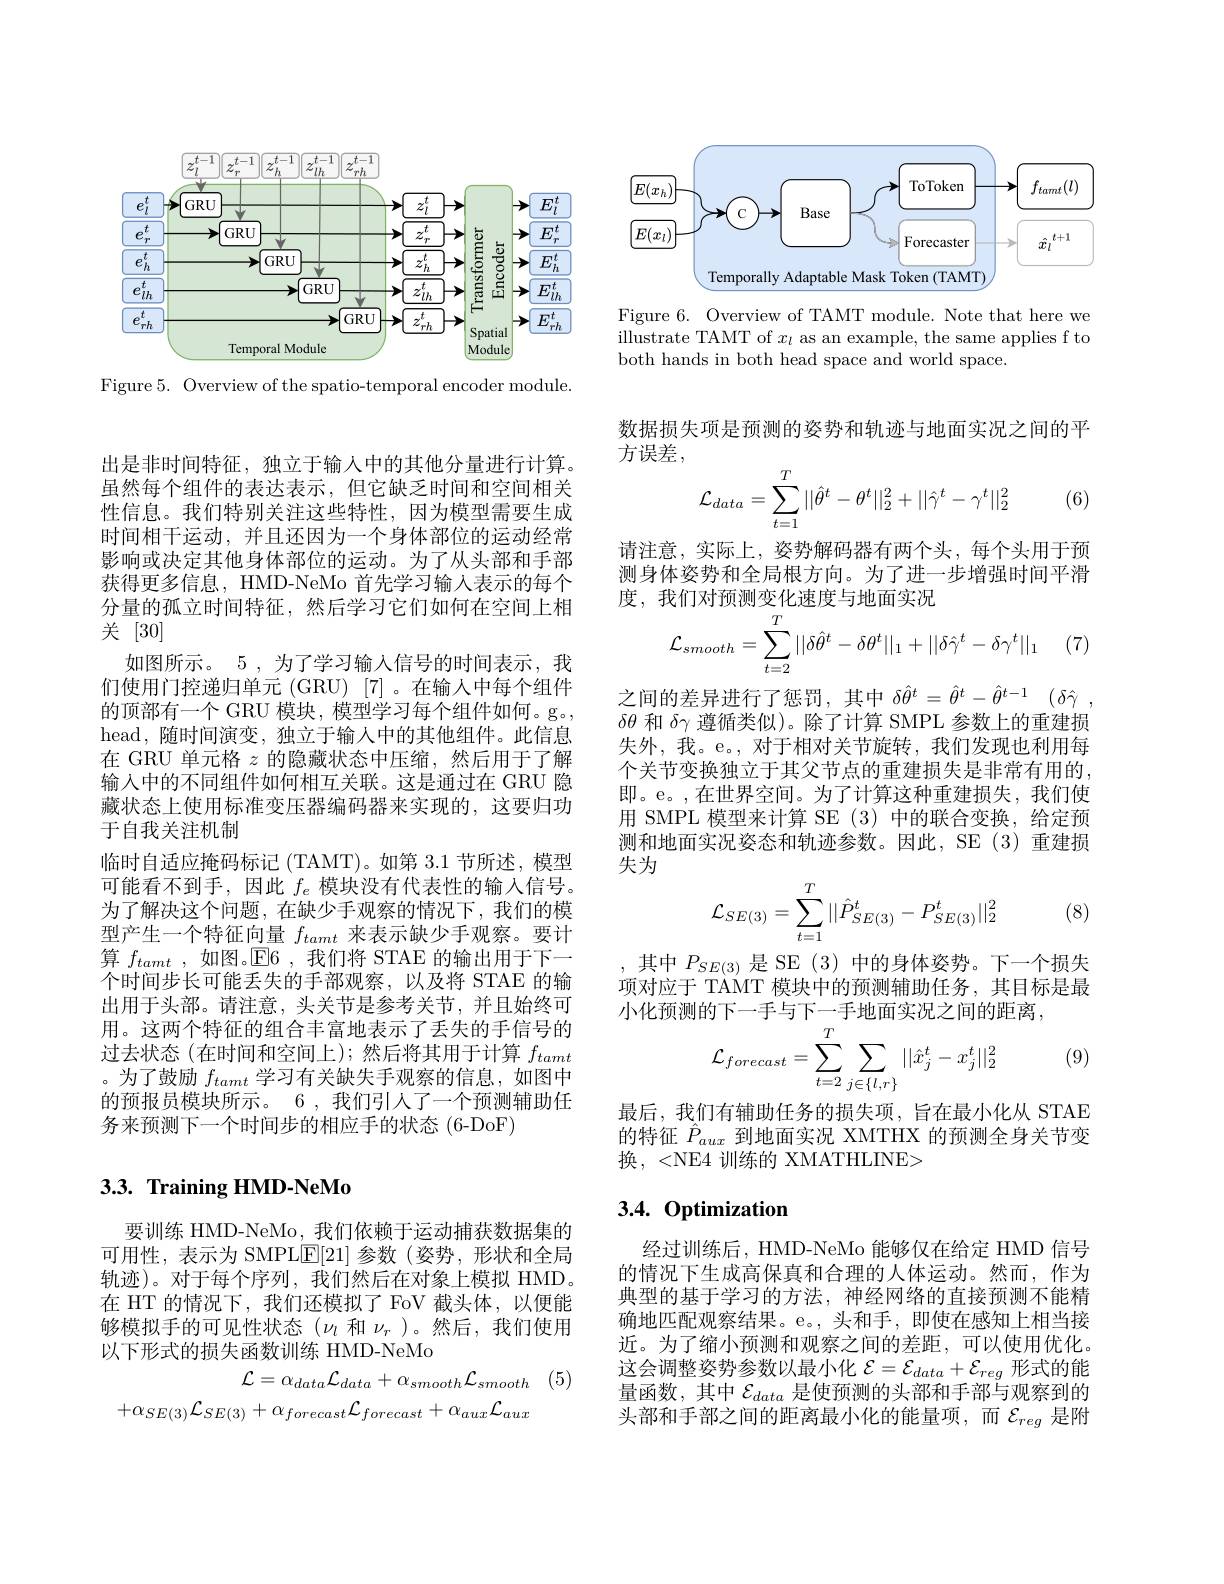
<FigureHere>

Figure 5. Overview of the spatio-temporal encoder module.

出是非时间特征，独立于输入中的其他分量进行计算。虽然每个组件的表达表示，但它缺乏时间和空间相关性信息。我们特别关注这些特性，因为模型需要生成时间相干运动，并且还因为一个身体部位的运动经常影响或决定其他身体部位的运动。为了从头部和手部获得更多信息，HMD-NeMo 首先学习输人表示的每个分量的孤立时间特征，然后学习它们如何在空间上相关[30]
如图所示。5 , 为了学习输人信号的时间表示，我们使用门控递归单元 (GRU) [7]。在输入中每个组件的顶部有一个 GRU 模块，模型学习每个组件如何。g。, head,随时间演变，独立于输入中的其他组件。此信息在 GRU 单元格$z$的隐藏状态中压缩，然后用于了解输入中的不同组件如何相互关联。这是通过在 GRU 隐藏状态上使用标准变压器编码器来实现的，这要归功于自我关注机制
临时自适应掩码标记 (TAMT)。如第 3.1 节所述，模型可能看不到手，因此$f_e$模块没有代表性的输入信号。为了解决这个问题，在缺少手观察的情况下，我们的模型产生一个特征向量$f_{tamt}$来表示缺少手观察。要计算$f_{tamt}$ ,如图。$\mathbb{E}6$ ,我们将 STAE 的输出用于下一个时间步长可能丢失的手部观察，以及将 STAE 的输出用于头部。请注意，头关节是参考关节，并且始终可用。这两个特征的组合丰富地表示了丢失的手信号的过去状态(在时间和空间上);然后将其用于计算$f_{tamt}$ 。为了鼓励$f_{tamt}$学习有关缺失手观察的信息，如图中的预报员模块所示。6 , 我们引人了一个预测辅助任务来预测下一个时间步的相应手的状态(6-DoF)

## $3. 3. \textbf{ Training HMD- NeMo}$

要训练 HMD-NeMo, 我们依赖于运动捕获数据集的可用性，表示为 SMPL$\underline{\mathrm{E}}[21]$参数(姿势，形状和全局轨迹)。对于每个序列，我们然后在对象上模拟 HMD。在 HT 的情况下，我们还模拟了 FoV 截头体，以便能够模拟手的可见性状态$(\nu_l$和$\nu_r$ )。然后，我们使用以下形式的损失函数训练 HMD-NeMo

$\mathcal{L} = \alpha _{data}\mathcal{L} _{data}+ \alpha _{smooth}\mathcal{L} _{smooth}$ (5)
$$+\alpha_{SE(3)}\mathcal{L}_{SE(3)}+\alpha_{forecast}\mathcal{L}_{forecast}+\alpha_{aux}\mathcal{L}_{aux}$$
<FigureHere>

Figure 6. Overview of TAMT module. Note that here we $\bar{\text{illustrate TAMT of }x_l}$ as an example, the same applies f to both hands in both head space and world space.

数据损失项是预测的姿势和轨迹与地面实况之间的平
方误差，
$$\mathcal{L}_{data}=\sum\limits_{t=1}^T||\hat{\theta}^t-\theta^t||_2^2+||\hat{\gamma}^t-\gamma^t||_2^2$$
(6)

请注意，实际上，姿势解码器有两个头，每个头用于预测身体姿势和全局根方向。为了进一步增强时间平滑度，我们对预测变化速度与地面实况
$$\mathcal{L}_{smooth}=\sum_{t=2}^T||\delta\hat{\theta}^t-\delta\theta^t||_1+||\delta\hat{\gamma}^t-\delta\gamma^t||_1$$
(7)

之间的差异进行了惩罚，其中$\delta \hat{\theta } ^t= \hat{\theta } ^t- \hat{\theta } ^{t- 1}$ $( \delta \hat{\gamma }$ , $\delta\theta$和$\delta\gamma$遵循类似)。除了计算 SMPL 参数上的重建损

失外，我。e。,对于相对关节旋转，我们发现也利用每个关节变换独立于其父节点的重建损失是非常有用的， 即。e。,在世界空间。为了计算这种重建损失，我们使用 SMPL 模型来计算 SE (3)中的联合变换，给定预测和地面实况姿态和轨迹参数。因此，SE (3)重建损失为
$$\mathcal{L}_{SE(3)}=\sum_{t=1}^T||\hat{P}_{SE(3)}^t-P_{SE(3)}^t||_2^2$$
(8)

,其中$P_SE(3)$是 SE(3)中的身体姿势。下一个损失项对应于 TAMT 模块中的预测辅助任务，其目标是最小化预测的下一手与下一手地面实况之间的距离，
$$\mathcal{L}_{forecast}=\sum_{t=2}^{T}\sum_{j\in\{l,r\}}||\hat{x}_{j}^{t}-x_{j}^{t}||_{2}^{2}$$
(9)

最后，我们有辅助任务的损失项，旨在最小化从 STAE 的特征$\hat{P}_{aux}$到地面实况 XMTHX 的预测全身关节变换，<NE4 训练的 XMATHLINE>

## $3. 4. \textbf{ Optimization}$

经过训练后，HMD-NeMo 能够仅在给定 HMD 信号的情况下生成高保真和合理的人体运动。然而，作为典型的基于学习的方法，神经网络的直接预测不能精确地匹配观察结果。e。,头和手，即使在感知上相当接近。为了缩小预测和观察之间的差距，可以使用优化。这会调整姿势参数以最小化$\mathcal{E}=\mathcal{E}_data+\mathcal{E}_{reg}$形式的能量函数，其中$\mathcal{E}_data$是使预测的头部和手部与观察到的头部和手部之间的距离最小化的能量项，而$\mathcal{E}_{reg}$是附